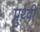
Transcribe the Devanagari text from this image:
प्रुथ्वी